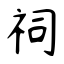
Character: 祠